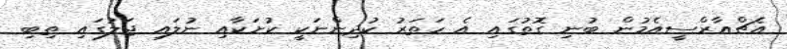
އެޗްއާރްސީއެމުން ބުނި ގޮތުގައި އެ ހަތަރު ކުދިންނަކީ ކުށަކާއި ނުލައި ޖަލުގައި ތިބި